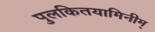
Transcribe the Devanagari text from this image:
पुलकितयामिनीम्